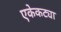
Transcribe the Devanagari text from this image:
एकेकट्या